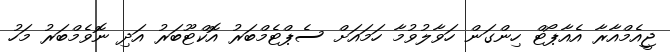
ޖީއެމްއާރާ އެއާޕޯޓް ހިންގަން ހަވާލުވުމާ ހަމައަށް ސެޕްޓެމްބަރު އޮކްޓޫބަރު އަދި ނޮވެމްބަރު މަހު